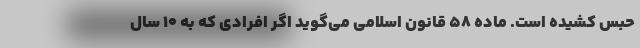
حبس کشیده است. ماده ۵۸ قانون اسلامی می‌گوید اگر افرادی که به ۱۰ سال